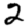
Digit: 2